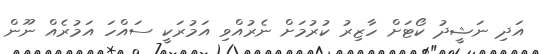
އަދި ނަޝީދު ކޯޓަށް ހާޒިރު ކުރުމަށް ނެރުއްވި އަމުރަކީ ސައްހަ އަމުރެއް ނޫން